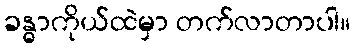
ခန္ဓာကိုယ်ထဲမှာ တက်လာတာပါ။